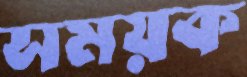
সময়ক